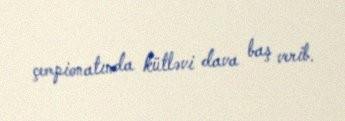
çempionatında kütləvi dava baş verib.